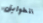
الطوابق